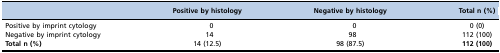
|  | Positive by histology | Negative by histology | Total n (%) |
 | --- | --- | --- | --- |
 | Positive by imprint cytology | 0 | 0 | 0 (0) |
 | Negative by imprint cytology | 14 | 98 | 112 (100) |
 | Total n (%) | 14 (12.5) | 98 (87.5) | 112 (100) |